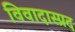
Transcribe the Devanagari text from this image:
विवादास्प्रद